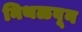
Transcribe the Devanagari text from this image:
निथळवून